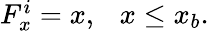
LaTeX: \begin{array}{r}{F_{x}^{i}=x,~~~x\leq x_{b}.}\end{array}